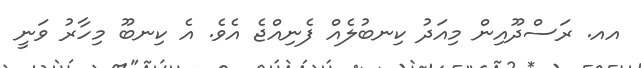
އއ. ރަސްދޫއިން މިއަދު ކިނބުލެއް ފެނިއްޖެ އެވެ. އެ ކިނބޫ މިހާރު ވަނީ